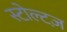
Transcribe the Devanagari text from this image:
स्टोल्टज़